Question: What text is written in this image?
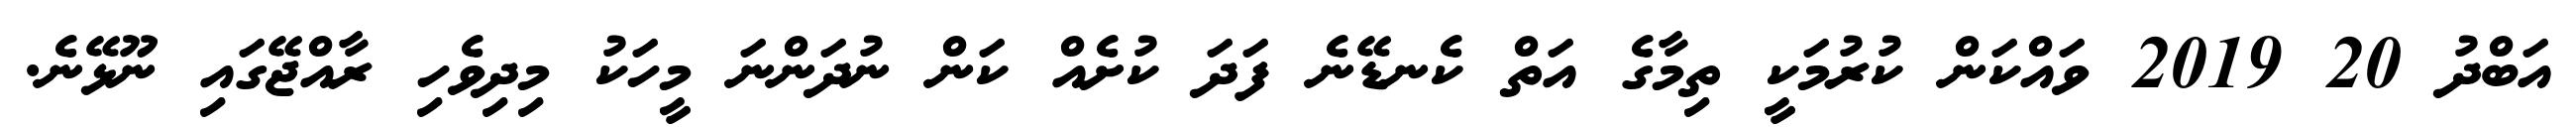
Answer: އަބްދު 20 2019 ވައްކަން ކުރުމަކީ ތިމާގެ އަތް ކެނޑޭނެ ފަދަ ކުށެއް ކަން ނުދަންނަ މީހަކު މިދިވެހި ރާއްޖޭގައި ނޫޅޭނެ.